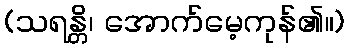
(သရန္တိ၊ အောက်မေ့ကုန်၏။)